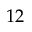
1 2